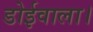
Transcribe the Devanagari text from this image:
डोईवाला।